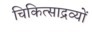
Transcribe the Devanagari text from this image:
चिकित्साद्रव्यों